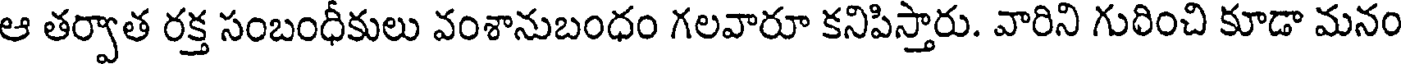
ఆ తర్వాత రక్త సంబంధీకులు వంశానుబంధం గలవారూ కనిపిస్తారు. వారిని గురించి కూడా మనం